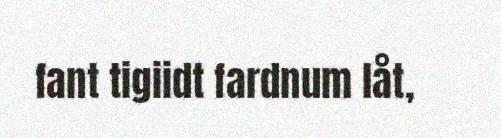
fant tigiidt fardnum låt,